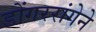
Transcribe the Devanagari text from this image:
डोंगररांगेने